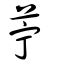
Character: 苧